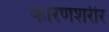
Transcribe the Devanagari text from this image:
कारणशरीर